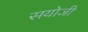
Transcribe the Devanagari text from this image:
सयोजी